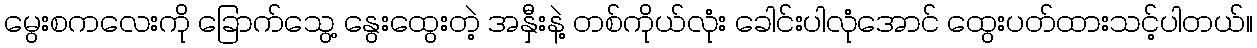
မွေးစကလေးကို ခြောက်သွေ့ နွေးထွေးတဲ့ အနှီးနဲ့ တစ်ကိုယ်လုံး ခေါင်းပါလုံအောင် ထွေးပတ်ထားသင့်ပါတယ်။